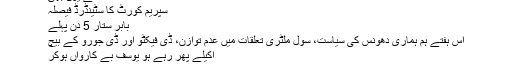
اسے یوں بھی
سپریم کورٹ کا سٹینڈرڈ فیصلہ
بابر ستار 5 دن پہلے
اس ہفتے ہم ہماری دھونس کی سیاست، سول ملٹری تعلقات میں عدم توازن، ڈی فیکٹو اور ڈی جورو کے بیچ
اکیلے پھر رہے ہو یوسف بے کارواں ہوکر
حیف یہ وقت بھی آنا تھا ۔